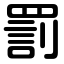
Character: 罰